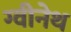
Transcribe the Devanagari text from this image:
ग्वीनेथ